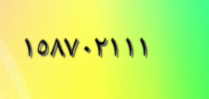
١٥٨٧٠٢١١١